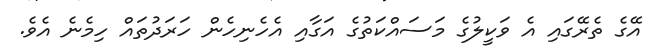
އޭގެ ތެރޭގައި އެ ވަކީލުގެ މަސައްކަތުގެ އަގާއި އެހެނިހެން ހަރަދުތައް ހިމެނެ އެވެ.